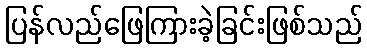
ပြန်လည်ဖြေကြားခဲ့ခြင်းဖြစ်သည်